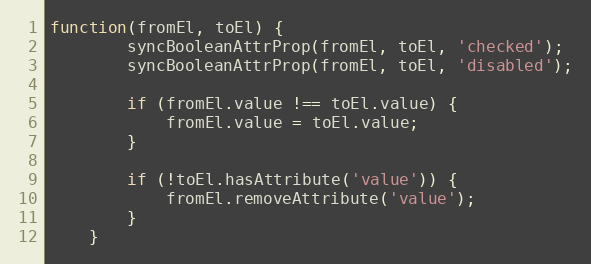
Language: JavaScript
function(fromEl, toEl) {
        syncBooleanAttrProp(fromEl, toEl, 'checked');
        syncBooleanAttrProp(fromEl, toEl, 'disabled');

        if (fromEl.value !== toEl.value) {
            fromEl.value = toEl.value;
        }

        if (!toEl.hasAttribute('value')) {
            fromEl.removeAttribute('value');
        }
    }